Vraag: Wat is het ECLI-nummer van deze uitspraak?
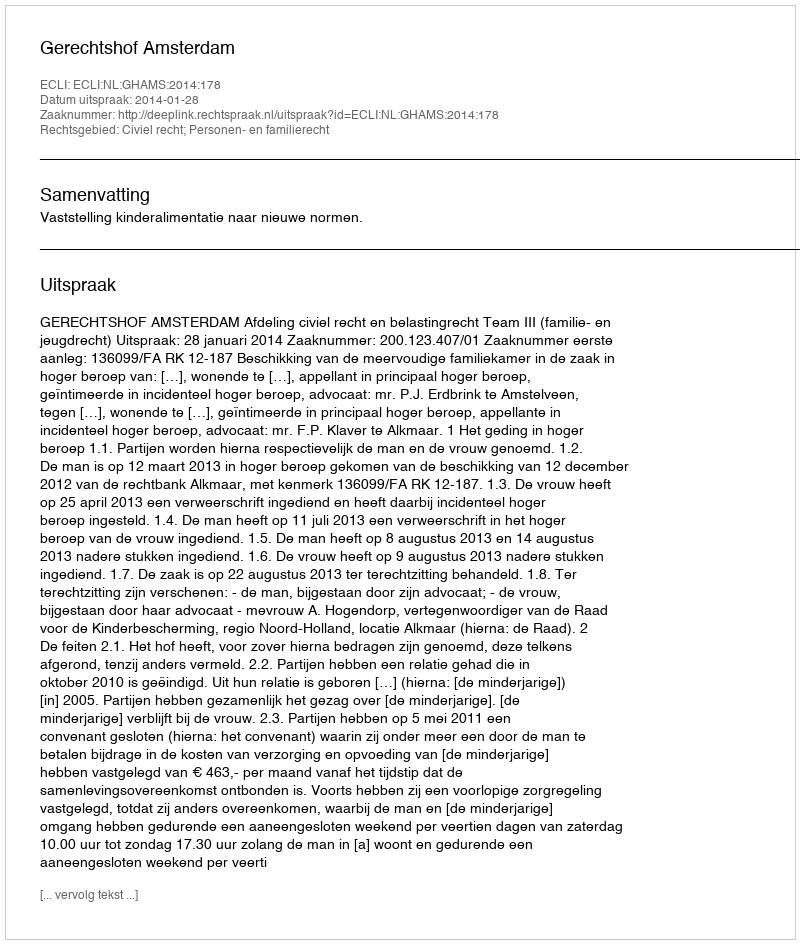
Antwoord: ECLI:NL:GHAMS:2014:178